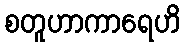
စတူဟာကာရေဟိ